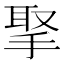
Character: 𢮝